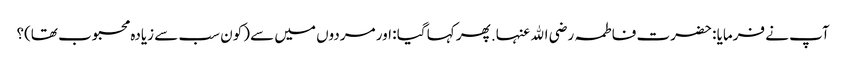
آپ نے فرمایا : حضرت فاطمہ رضی اﷲ عنہا. پھر کہا گیا : اور مردوں میں سے (کون سب سے زیادہ محبوب تھا)؟